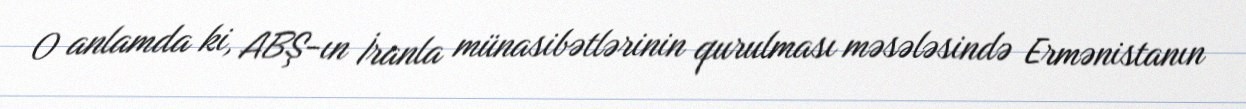
O anlamda ki, ABŞ-ın İranla münasibətlərinin qurulması məsələsində Ermənistanın